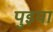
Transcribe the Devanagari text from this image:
पुइया